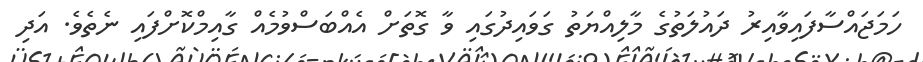
ހަމަޖައްސާފައިވާއިރު ދައުލަތުގެ މާލިއްޔަތު ގަވައިދުގައި ވާ ގޮތަށް އެއްބަސްވުމެއް ގާއިމްކޮށްފައި ނެތެވެ. އަދި